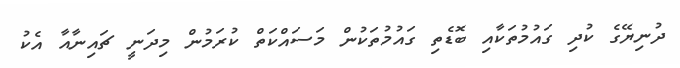
ދުނިޔޭގެ ކުދި ގައުމުތަކާއި ބޮޑެތި ގައުމުތަކުން މަސައްކަތް ކުރަމުން މިދަނީ ޗައިނާއާ އެކު